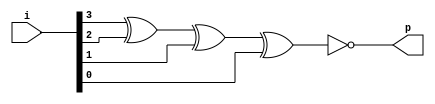
`timescale 1ns / 1ps
//////////////////////////////////////////////////////////////////////////////////
// Company: 
// Engineer: 
// 
// Design Name: 
// Module Name:    odd_p_gen_4bit 
// Project Name: 
// Target Devices: 
// Tool versions: 
// Description: 
//
// Dependencies: 
//
// Revision: 
// Revision 0.01 - File Created
// Additional Comments: 
//
//////////////////////////////////////////////////////////////////////////////////
module odd_p_gen_4bit(p, i );
	input [3:0]i;
	output p;
	
	xnor xnor1(p, i[3], i[2], i[1], i[0]);
	

endmodule